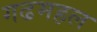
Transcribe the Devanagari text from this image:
गढमहल